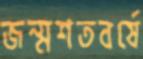
জন্মশতবর্ষে